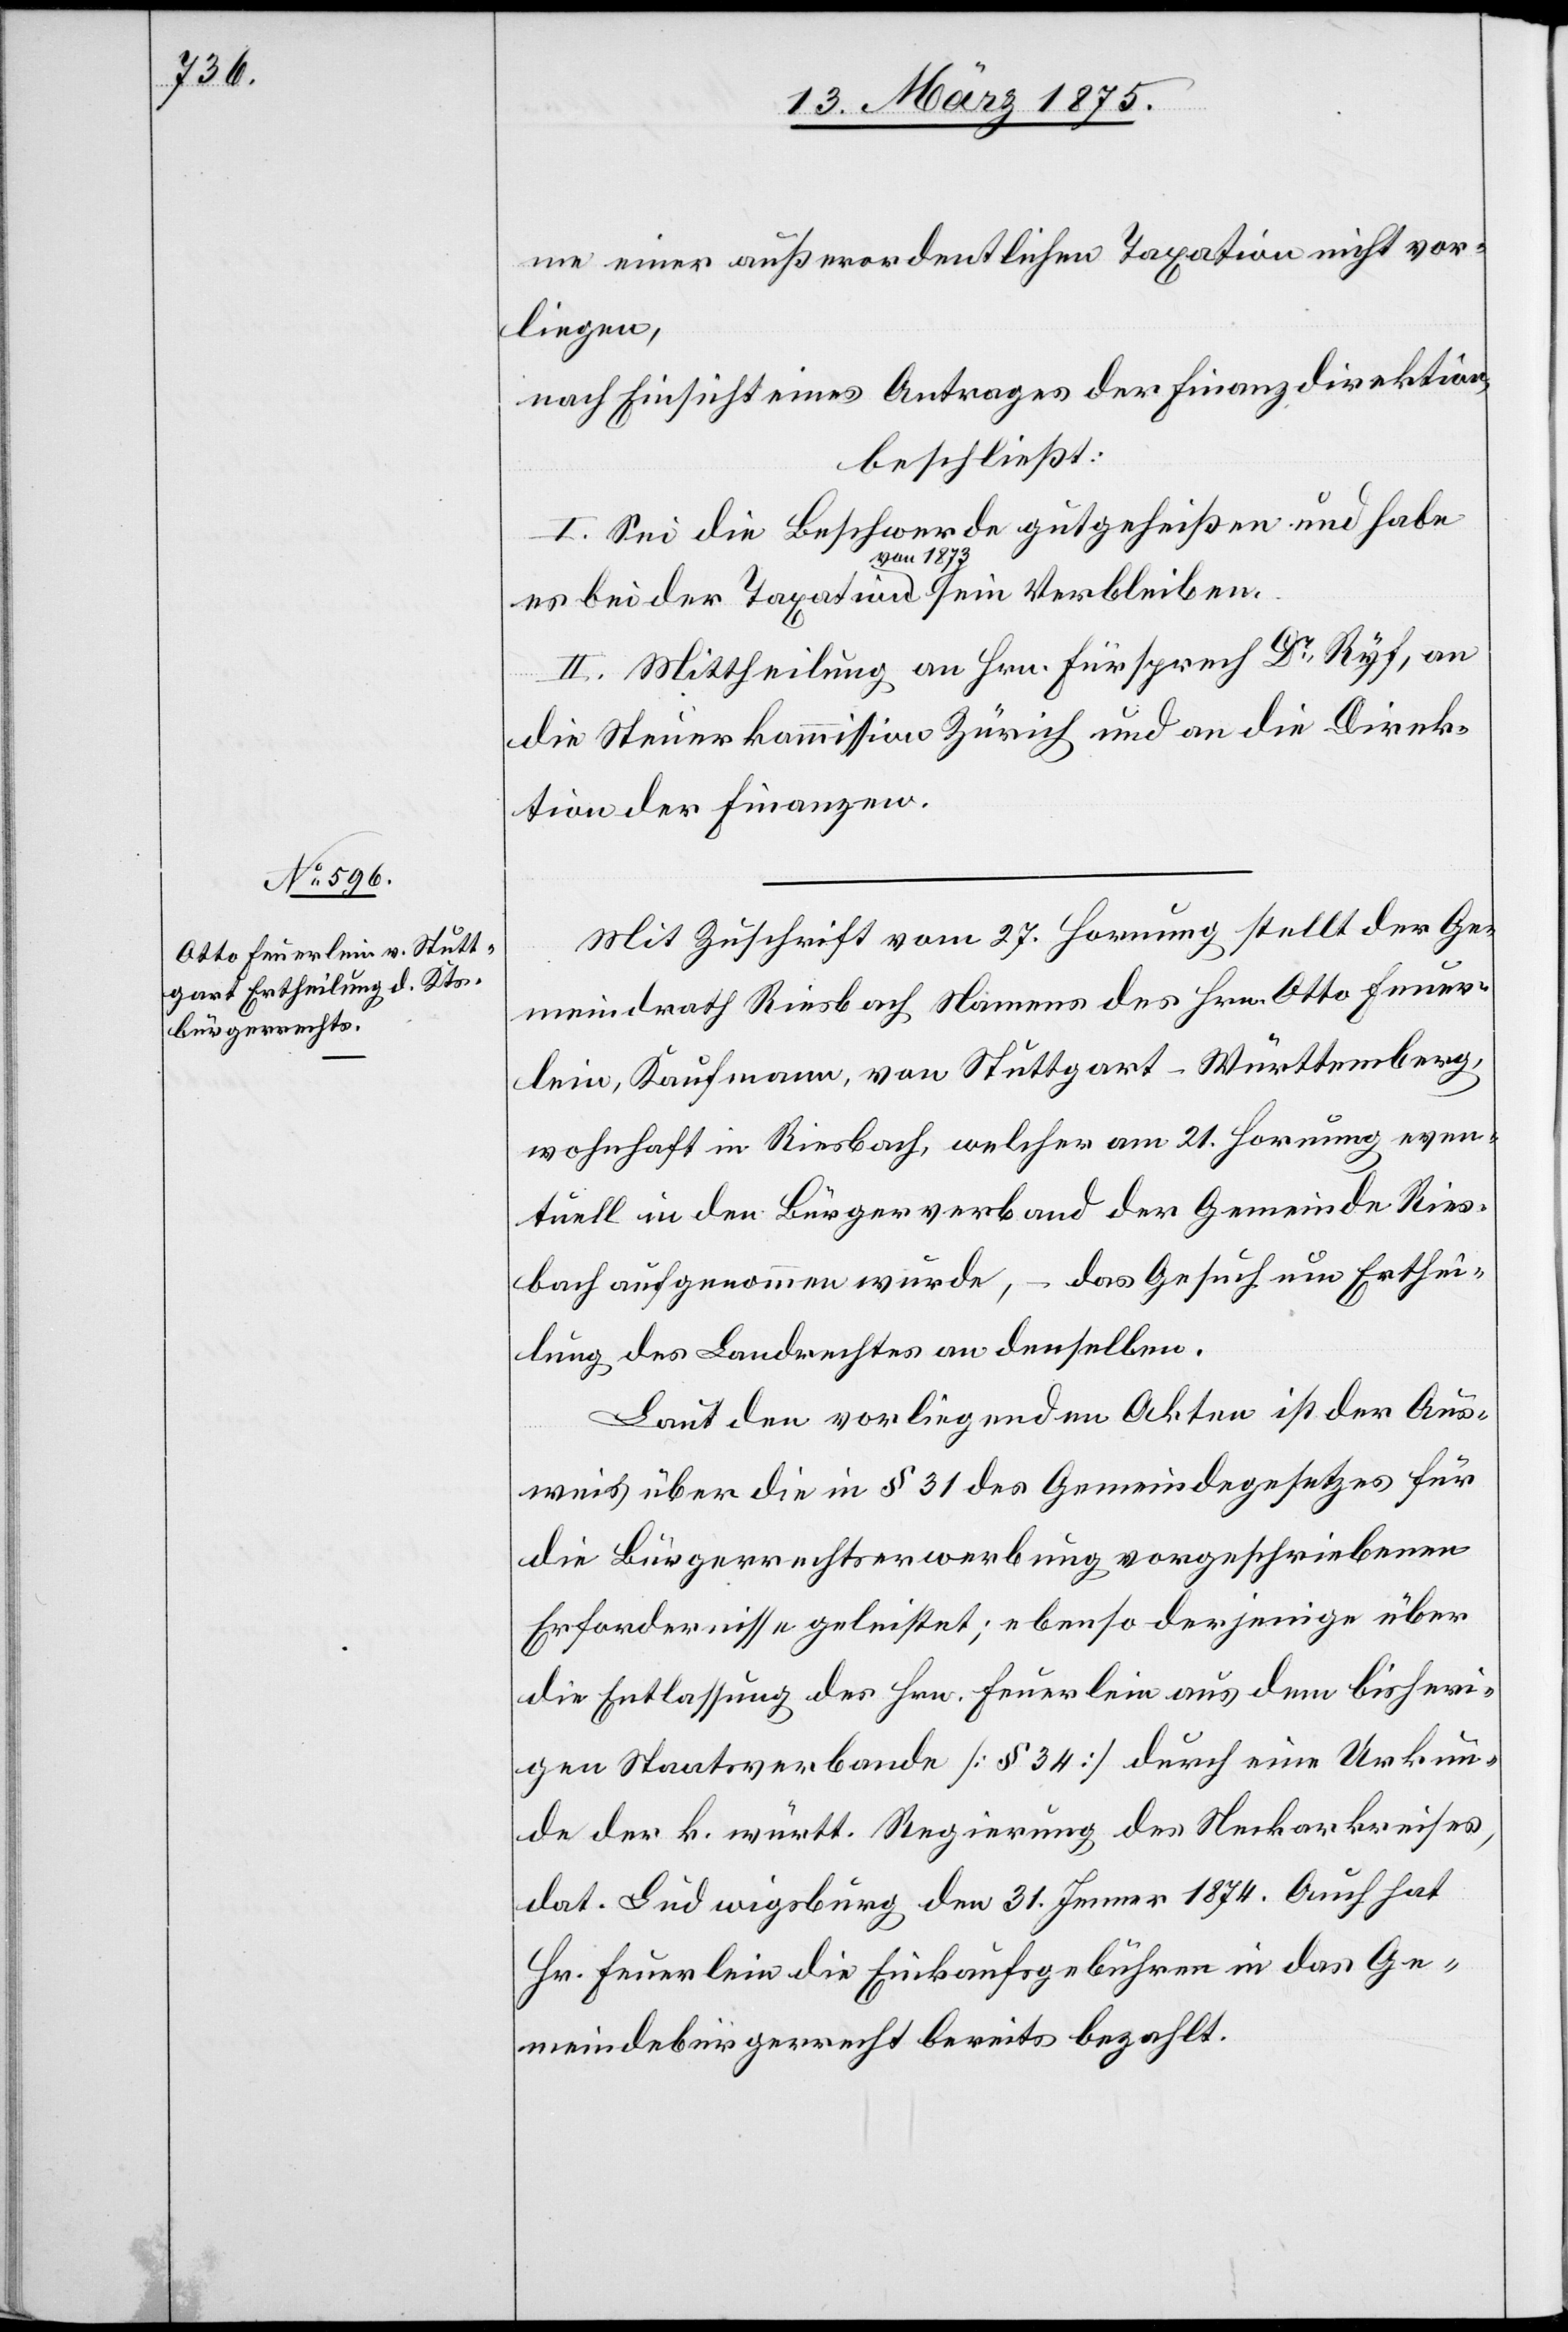
me einer außerordentlichen Taxation vorliegen,
nach Einsicht eines Antrages der Finanzdirektion,
beschließt:
I. Sei die Beschwerde gutgeheißen und habe
II. Mittheilung an Hrn. Fürsprech Dr Ryf, an
die Steuerkommission Zürich und an die Direk¬
tion der Finanzen.